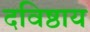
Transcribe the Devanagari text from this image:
दविष्ठाय